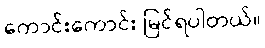
ကောင်းကောင်း မြင်ရပါတယ်။